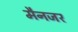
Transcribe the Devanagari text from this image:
मैनजर